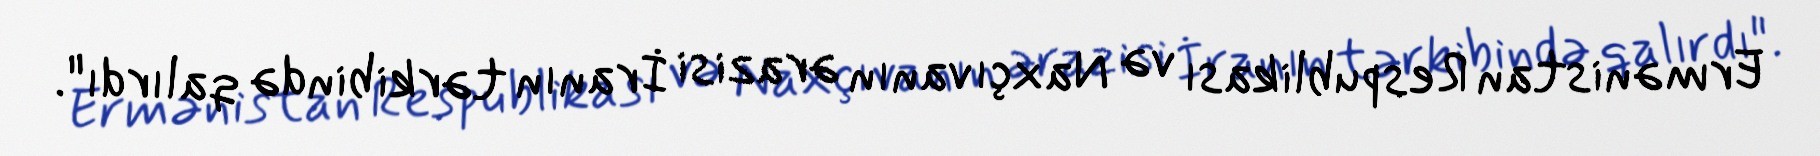
Ermənistan Respublikası və Naxçıvanın ərazisi İranın tərkibində qalırdı".